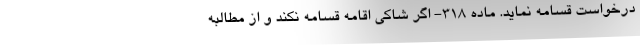
درخواست قسامه نماید. ماده ۳۱۸- اگر شاکی اقامه قسامه نکند و از مطالبه